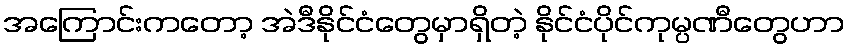
အကြောင်းကတော့ အဲဒီနိုင်ငံတွေမှာရှိတဲ့ နိုင်ငံပိုင်ကုမ္ပဏီတွေဟာ